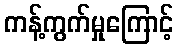
ကန့်ကွက်မှုကြောင့်